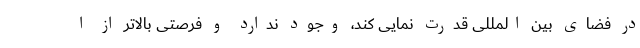
در فضای بین المللی قدرت نمایی کند، وجود ندارد و فرصتی بالاتر از ا